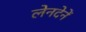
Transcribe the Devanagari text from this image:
लेनदेनें